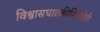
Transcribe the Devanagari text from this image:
विश्वासघातकीमित्रद्रोही